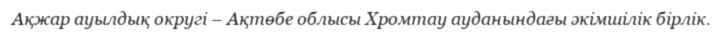
Ақжар ауылдық округі – Ақтөбе облысы Хромтау ауданындағы әкімшілік бірлік.